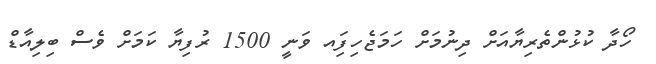
ހޯދާ ކުޅުންތެރިޔާއަށް ދިނުމަށް ހަމަޖެހިފަިއ ވަނީ 1500 ރުފިޔާ ކަމަށް ވެސް ބިލިއާޑް